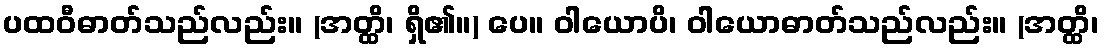
ပထဝီဓာတ်သည်လည်း။ (အတ္ထိ၊ ရှိ၏။) ပေ။ ဝါယောပိ၊ ဝါယောဓာတ်သည်လည်း။ (အတ္ထိ၊